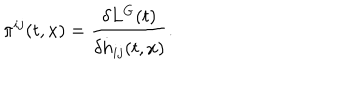
{ } { \pi } ^ { i j } ( t , x ) = \frac { \delta L ^ { G } ( t ) } { \delta { \dot { h } } _ { i j } ( t , x ) } .